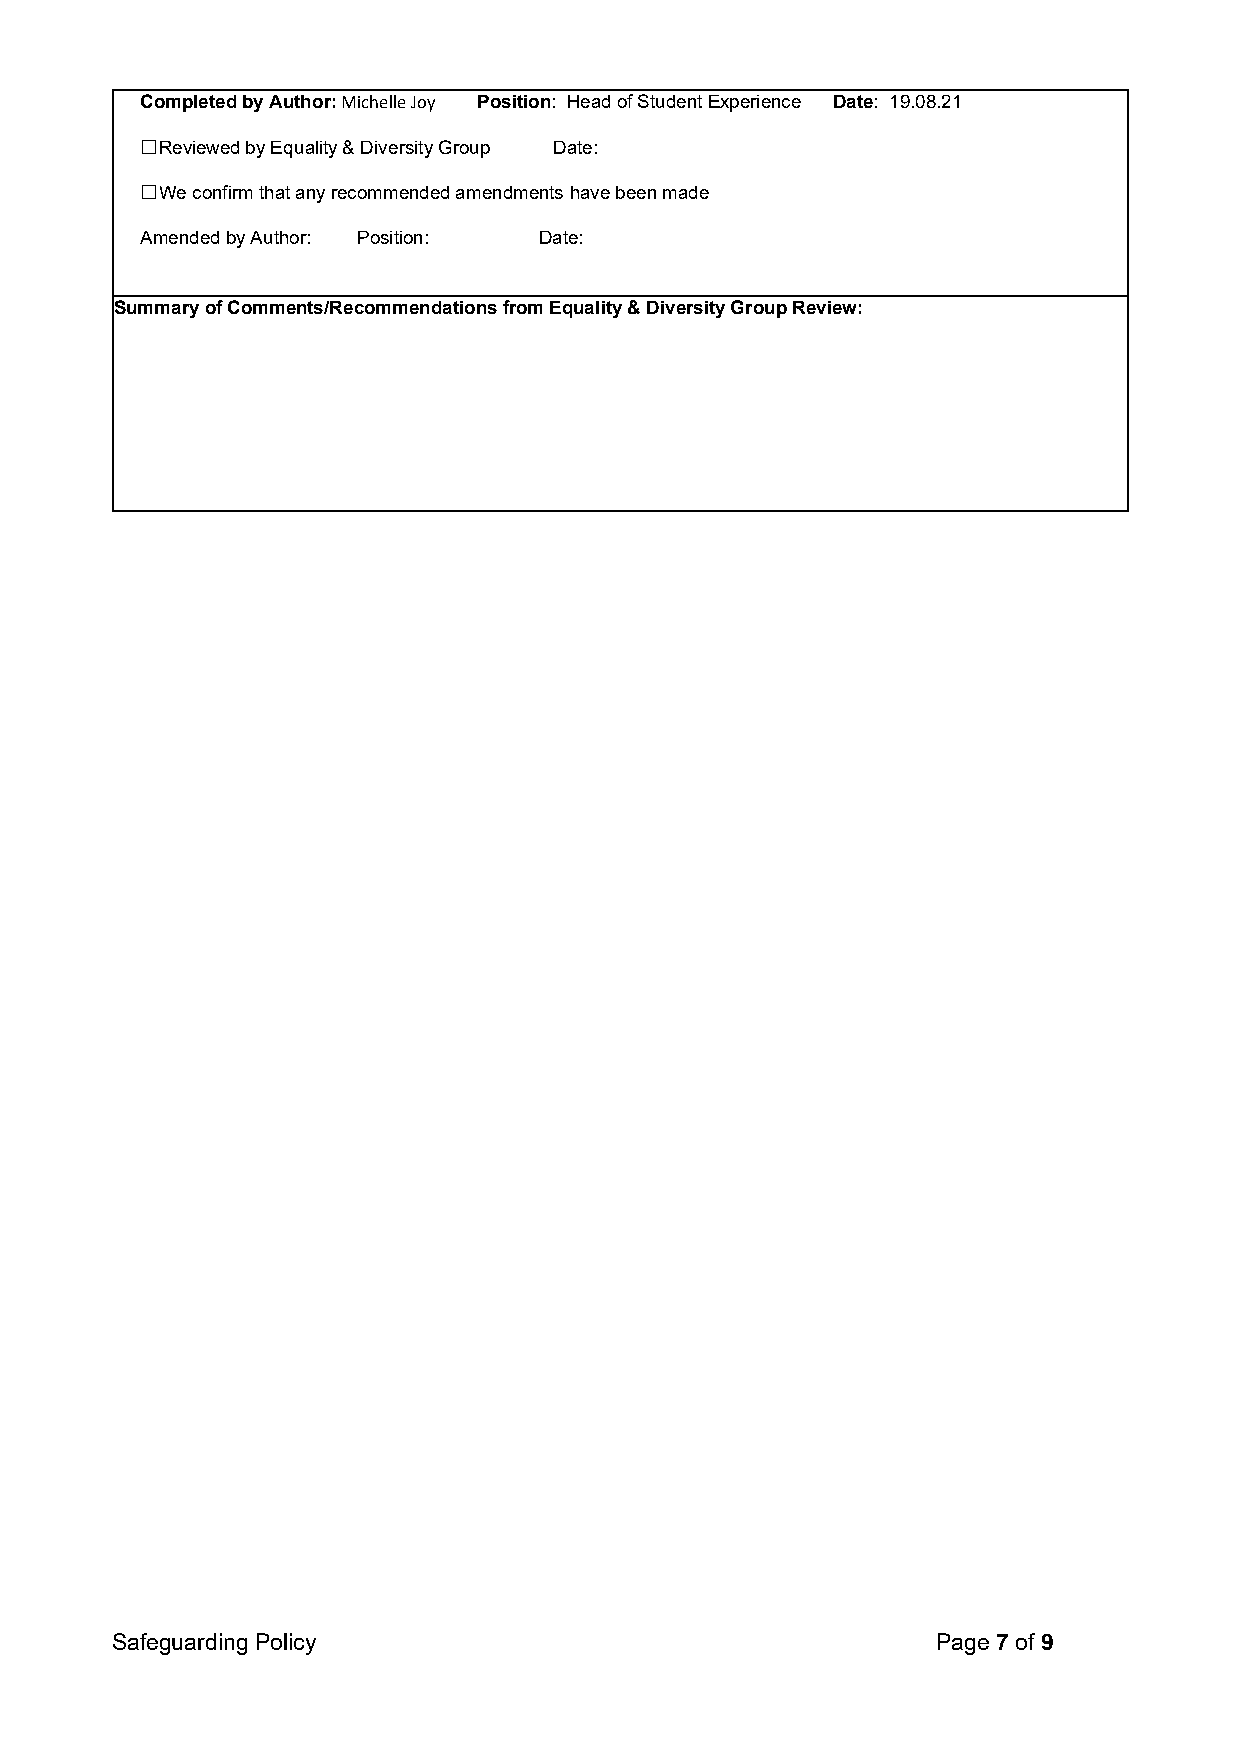
Completed by Author: Michelle Joy Position: Head of Student Experience Date: 19.08.21
 ☐Reviewed by Equality & Diversity Group Date:
 ☐We confirm that any recommended amendments have been made
 Amended by Author: Position: Date:
 Summary of Comments/Recommendations from Equality & Diversity Group Review:
 Safeguarding Policy                                    Page 7 of 9